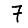
Digit: 7